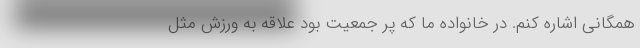
همگانی اشاره کنم. در خانواده ما که پر جمعیت بود علاقه به ورزش مثل